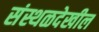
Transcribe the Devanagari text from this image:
संस्थळदेखील